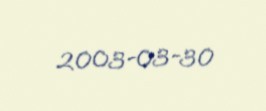
2003-03-30